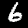
Digit: 6